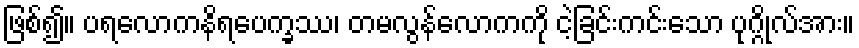
ဖြစ်၍။ ပရလောကနိရပေက္ခဿ၊ တမလွန်လောကကို ငဲ့ခြင်းကင်းသော ပုဂ္ဂိုလ်အား။